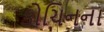
કોચિનના